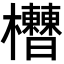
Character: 𣡘